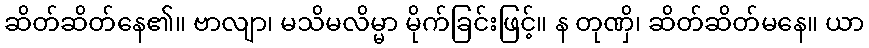
ဆိတ်ဆိတ်နေ၏။ ဗာလျာ၊ မသိမလိမ္မာ မိုက်ခြင်းဖြင့်။ န တုဏှိ၊ ဆိတ်ဆိတ်မနေ။ ယာ